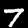
Digit: 7